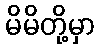
မိမိတို့မှာ